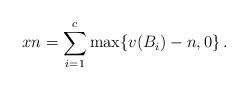
LaTeX: \begin{align*}xn = \sum_{i=1}^c\max\{v(B_i)-n,0\}\,.\end{align*}